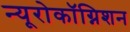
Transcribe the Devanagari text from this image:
न्यूरोकॉग्निशन